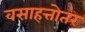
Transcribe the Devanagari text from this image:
वसाहत्तोतर